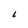
Character: L